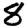
Digit: 8